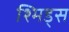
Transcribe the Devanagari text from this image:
श्मिड्स